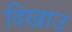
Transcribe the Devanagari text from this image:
दिखाउ